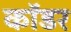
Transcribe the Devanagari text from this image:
कॉडर